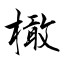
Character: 橄